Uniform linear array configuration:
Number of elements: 8
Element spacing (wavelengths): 0.75
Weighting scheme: exponential
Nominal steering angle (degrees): -15
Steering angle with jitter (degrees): -15.518
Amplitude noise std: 0.05
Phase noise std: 0.05

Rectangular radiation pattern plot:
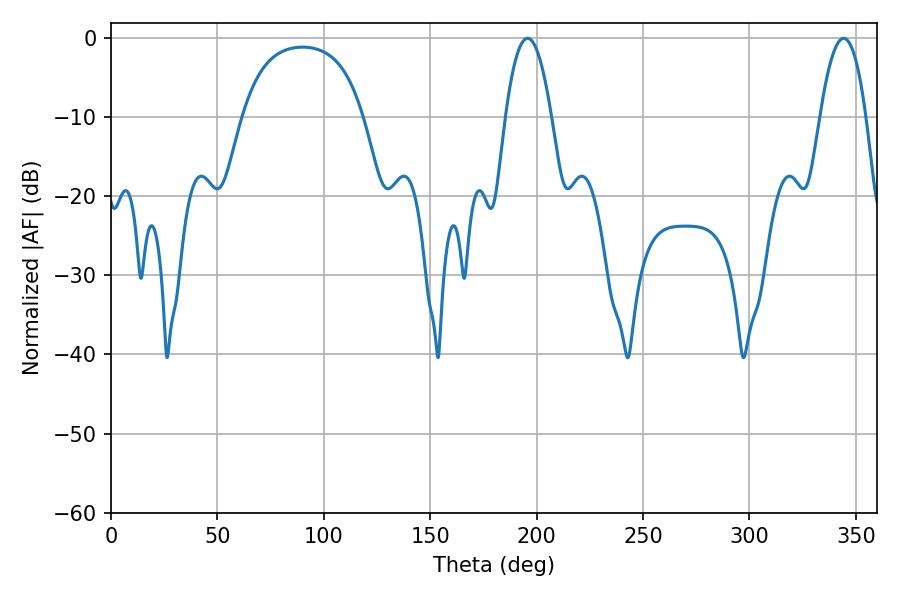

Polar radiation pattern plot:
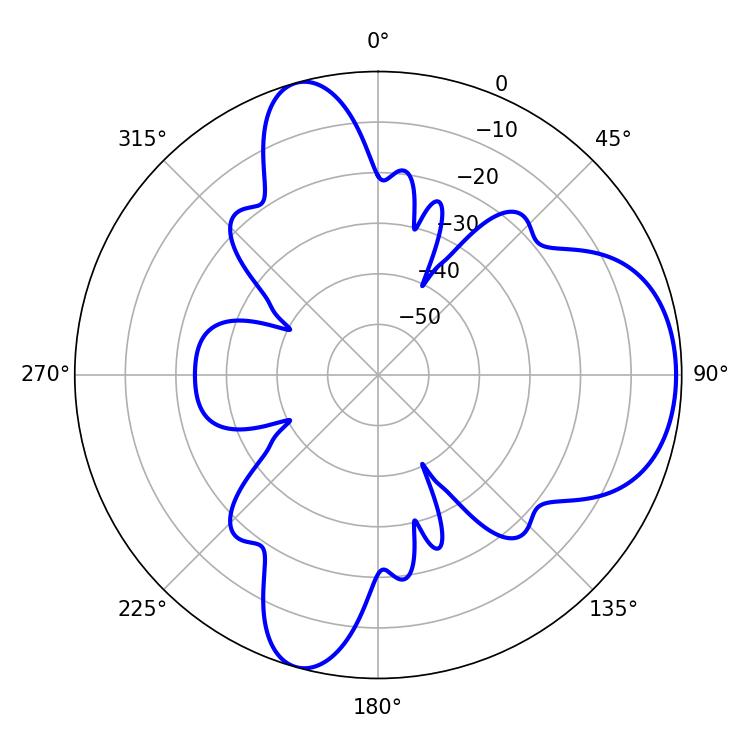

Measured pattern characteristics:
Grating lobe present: TRUE
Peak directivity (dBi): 7.169
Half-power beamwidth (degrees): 11.88
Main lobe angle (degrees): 195.66